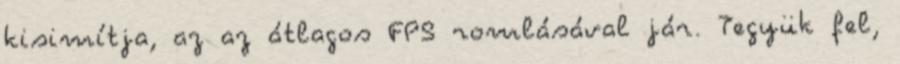
kisimítja, az az átlagos FPS romlásával jár. Tegyük fel,